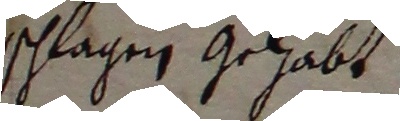
schlagen gehabt.